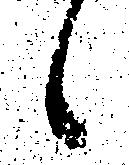
候